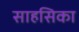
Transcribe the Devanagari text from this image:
साहसिका